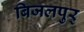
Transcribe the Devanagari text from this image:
बिजलपुर्